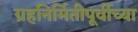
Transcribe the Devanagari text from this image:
ग्रहनिर्मितीपूर्वीच्या